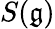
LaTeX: S({\mathfrak{g}})